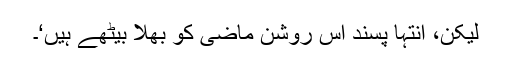
لیکن، انتہا پسند اس روشن ماضی کو بھلا بیٹھے ہیں‘۔